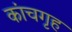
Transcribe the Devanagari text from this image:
कांचगृह